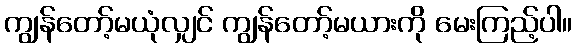
ကျွန်တော့်မယုံလျှင် ကျွန်တော့်မယားကို မေးကြည့်ပါ။